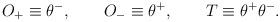
LaTeX: \begin{align*}O_{+}\equiv \theta ^{-},\qquad O_{-}\equiv \theta ^{+},\qquad T\equiv \theta^{+}\theta ^{-}.\end{align*}